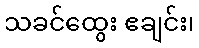
သခင်ထွေး ဧချင်း၊